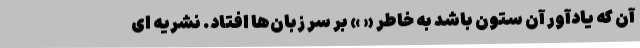
آن که یادآور آن ستون باشد به خاطر « » بر سر زبان‌ها افتاد. نشریه ای